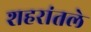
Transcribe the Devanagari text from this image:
शहरांतले